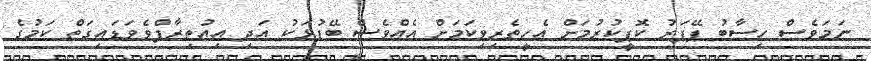
ނަމަވެސް ހިސާބު ޕޭޕަރު ކޮޕީކުރުމަށް އެހީތެރިވިކަމަށް އެއްވެސް ބޭފުޅަކު އަދި އިއުތިރާފްވެވަޑައިގަތް ކަމުގެ